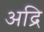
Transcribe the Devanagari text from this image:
अद्रि